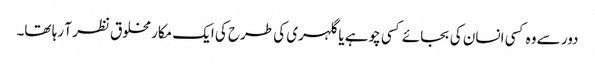
دور سے وہ کسی انسان کی بجائے کسی چوہے یا گلہری کی طرح کی ایک مکار مخلوق نظر آ رہا تھا۔